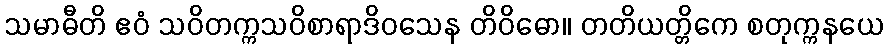
သမာဓီတိ ဧဝံ သဝိတက္ကသဝိစာရာဒိဝသေန တိဝိဓော။ တတိယတ္တိကေ စတုက္ကနယေ